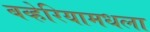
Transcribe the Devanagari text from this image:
बव्हेरियामधला